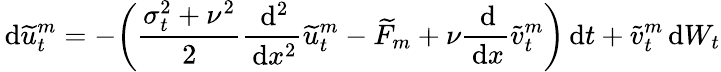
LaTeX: \, \mathrm{d}\widetilde{u}_{t}^{m}=-\bigg(\frac{\sigma_{t}^{2}+\nu^{2}}{2}\frac{\, \mathrm{d}^{2}}{\, \mathrm{d}x^{2}}\widetilde{u}_{t}^{m}-\widetilde{F}_{m}+\nu\frac{\, \mathrm{d}}{\, \mathrm{d}x}\widetilde{v}_{t}^{m}\bigg)\, \mathrm{d}t+\widetilde{v}_{t}^{m}\, \mathrm{d}W_{t}